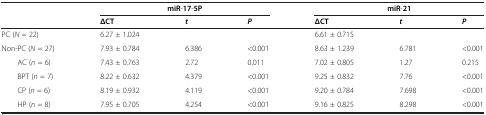
<table><thead><tr><td><b> </b></td><td><b>miR-17-5P</b></td><td><b> </b></td><td><b> </b></td><td><b>miR-21</b></td><td><b> </b></td><td><b> </b></td></tr><tr><td><b> </b></td><td><b>ΔCT</b></td><td><b><i>t</i></b></td><td><b><i>P</i></b></td><td><b>ΔCT</b></td><td><b><i>t</i></b></td><td><b><i>P</i></b></td></tr></thead><tbody><tr><td>PC (<i>N</i> = 22)</td><td>6.27 ± 1.024</td><td> </td><td> </td><td>6.61 ± 0.715</td><td> </td><td> </td></tr><tr><td>Non-PC (<i>N</i> = 27)</td><td>7.93 ± 0.784</td><td>6.386</td><td>&lt;0.001</td><td>8.63 ± 1.239</td><td>6.781</td><td>&lt;0.001</td></tr><tr><td>AC (<i>n</i> = 6)</td><td>7.43 ± 0.763</td><td>2.72</td><td>0.011</td><td>7.02 ± 0.805</td><td>1.27</td><td>0.215</td></tr><tr><td>BPT (<i>n</i> = 7)</td><td>8.22 ± 0.632</td><td>4.379</td><td>&lt;0.001</td><td>9.25 ± 0.832</td><td>7.76</td><td>&lt;0.001</td></tr><tr><td>CP (<i>n</i> = 6)</td><td>8.19 ± 0.932</td><td>4.119</td><td>&lt;0.001</td><td>9.20 ± 0.784</td><td>7.698</td><td>&lt;0.001</td></tr><tr><td>HP (<i>n</i> = 8)</td><td>7.95 ± 0.705</td><td>4.254</td><td>&lt;0.001</td><td>9.16 ± 0.825</td><td>8.298</td><td>&lt;0.001</td></tr></tbody></table>